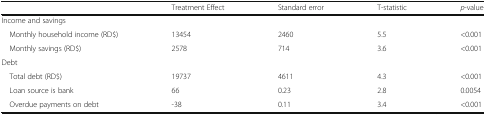
<table><thead><tr><td></td><td><b>Treatment Effect</b></td><td><b>Standard error</b></td><td><b>T-statistic</b></td><td><b><i>p</i>-value</b></td></tr></thead><tbody><tr><td colspan="5">Income and savings</td></tr><tr><td> Monthly household income (RD$)</td><td>13454</td><td>2460</td><td>5.5</td><td>&lt;0.001</td></tr><tr><td> Monthly savings (RD$)</td><td>2578</td><td>714</td><td>3.6</td><td>&lt;0.001</td></tr><tr><td colspan="5">Debt</td></tr><tr><td> Total debt (RD$)</td><td>19737</td><td>4611</td><td>4.3</td><td>&lt;0.001</td></tr><tr><td> Loan source is bank</td><td>66</td><td>0.23</td><td>2.8</td><td>0.0054</td></tr><tr><td> Overdue payments on debt</td><td>-38</td><td>0.11</td><td>3.4</td><td>&lt;0.001</td></tr></tbody></table>